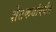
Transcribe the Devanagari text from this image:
शेतकयांपर्यंत